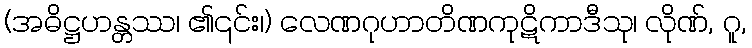
(အဓိဋ္ဌဟန္တဿ၊ ၏၎င်း၊) လေဏဂုဟာတိဏကုဋိကာဒီသု၊ လိုဏ်, ဂူ,